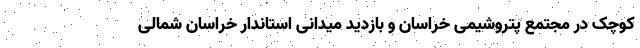
کوچک در مجتمع پتروشیمی خراسان و بازدید میدانی استاندار خراسان شمالی